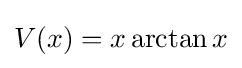
V(x)=x\arctan {x}